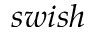
s w i s h